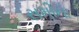
સમીના